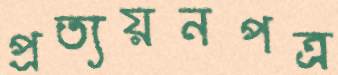
প্রত্যয়নপত্র